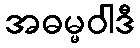
အဓမ္မဝါဒီ